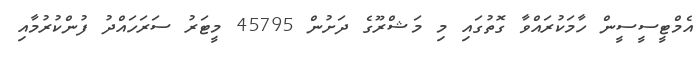
އެމްޓީސީސީން ހާމަކުރައްވާ ގޮތުގައި މި މަޝްރޫގެ ދަށުން 45795 މީޓަރު ސަރަހައްދު ފުންކުރުމާއި